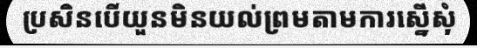
ប្រសិនបើយួនមិនយល់ព្រមតាមការស្នើសុំ